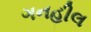
ગનહીલ